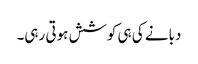
دبانے کی ہی کوشش ہوتی رہی۔